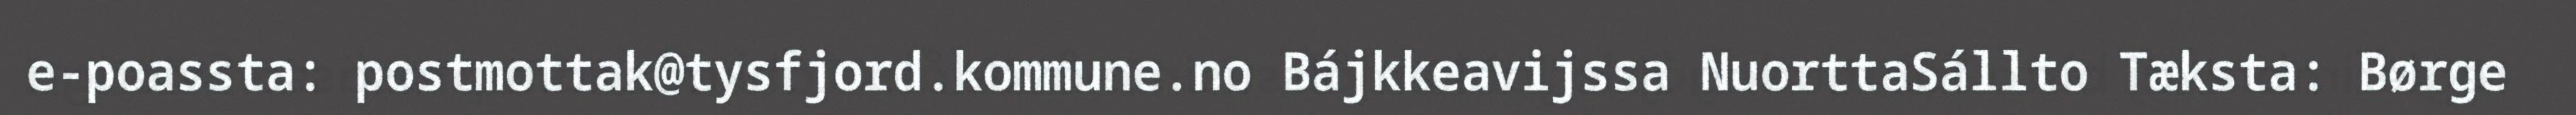
e-poassta: postmottak@tysfjord.kommune.no Bájkkeavijssa NuorttaSállto Tæksta: Børge